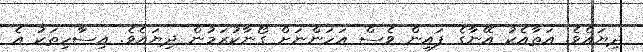
ދިޔައެވެ. އަތާއެކު އޭނާގެ ފައިން ވެސް އަހަންނަށް ގޯނާކުރަމުން ދިޔައެވެ. އިސާހިތަކު އެ